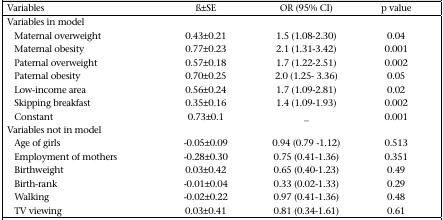
| Variables | β±SE | OR (95% CI) | p value |
 | --- | --- | --- | --- |
 | Variables in model |  |  |  |
 | Maternal overweight | 0.43±0.21 | 1.5 (1.08–2.30) | 0.04 |
 | Maternal obesity | 0.77±0.23 | 2.1 (1.31–3.42) | 0.001 |
 | Paternal overweight | 0.57±0.18 | 1.7 (1.22–2.51) | 0.002 |
 | Paternal obesity | 0.70±0.25 | 2.0 (1.25–3.36) | 0.05 |
 | Low-income area | 0.56±0.24 | 1.7 (1.09–2.81) | 0.02 |
 | Skipping breakfast | 0.35±0.16 | 1.4 (1.09–1.93) | 0.002 |
 | Constant | 0.73±0.1 | _ | 0.001 |
 | Variables not in model |  |  |  |
 | Age of girls | −0.05±0.09 | 0.94 (0.79–1.12) | 0.513 |
 | Employment of mothers | −0.28±0.30 | 0.75 (0.41–1.36) | 0.351 |
 | Birthweight | 0.03±0.42 | 0.65 (0.40–1.23) | 0.49 |
 | Birth-rank | −0.01±0.04 | 0.33 (0.02–1.33) | 0.29 |
 | Walking | −0.02±0.22 | 0.97 (0.41–1.36) | 0.48 |
 | TV viewing | 0.03±0.41 | 0.81 (0.34–1.61) | 0.61 |